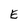
Character: E